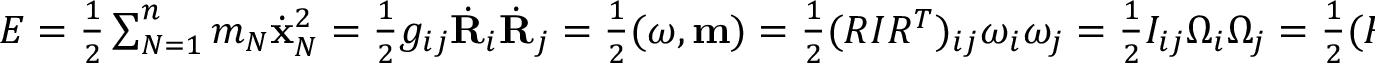
\begin{array} { r } { E = \frac 1 2 \sum _ { N = 1 } ^ { n } m _ { N } \dot { \bf x } _ { N } ^ { 2 } = \frac 1 2 g _ { i j } \dot { \bf R } _ { i } \dot { \bf R } _ { j } = \frac 1 2 ( { \boldsymbol \omega } , { \bf m } ) = \frac 1 2 ( R I R ^ { T } ) _ { i j } \omega _ { i } \omega _ { j } = \frac 1 2 I _ { i j } \Omega _ { i } \Omega _ { j } = \frac 1 2 ( R I ^ { - 1 } R ^ { T } ) _ { i j } m _ { i } m _ { j } = \frac 1 2 I _ { i j } ^ { - 1 } M _ { i } M _ { j } , } \end{array}